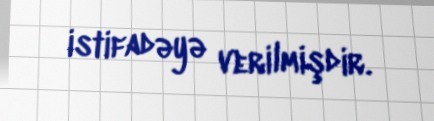
istifadəyə verilmişdir.